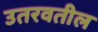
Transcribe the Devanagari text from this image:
उतरवतील